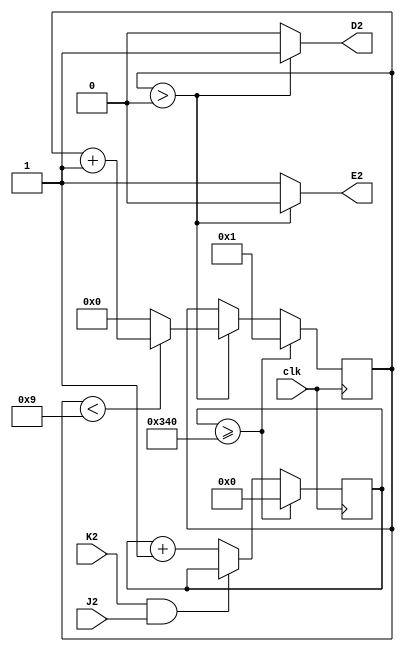
// M401 - Variable clock
// Kyle Owen - 10 March 2021

module m401 #(
	parameter FREQ=120000) (
	clk, // 100 MHz
	//A2,  // +5V
	//B2,
	//C2,  // ground
	D2,
	E2,
	//F2,
	//H2,
	J2,
	K2
	//L2,
	//M2,
	//N2,
	//P2,
	//R2,
	//S2,
	//T2,
	//U2,
	//V2
	);
// power and ground
//inout A2, C2; 

// main inputs
input clk, J2, K2;

// main outputs
output D2, E2;

wire en = !(K2 & J2);

// counter
reg [22:0] count;

// delay counter for pulse duration
reg [3:0] pulse_delay;

// output a pulse while the delay counter is greater than zero
assign D2 = (pulse_delay > 0) ? 1'b1 : 1'b0;
assign E2 = (pulse_delay > 0) ? 1'b0 : 1'b1;

localparam MAX_COUNT = $rtoi(100e6 / FREQ) - 1;

always @(posedge clk) begin
	if (pulse_delay > 0) begin
		if (pulse_delay < 'd9) pulse_delay <= pulse_delay + 'b1;
		else pulse_delay <= 0;
	end

/* verilator lint_off WIDTH */
	if (count >= MAX_COUNT) begin
/* lint_on */
		count <= 0;
		pulse_delay <= 'b1;
    end else if (en) begin
        count <= count + 'b1;
	end
end
endmodule